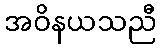
အဝိနယသညီ